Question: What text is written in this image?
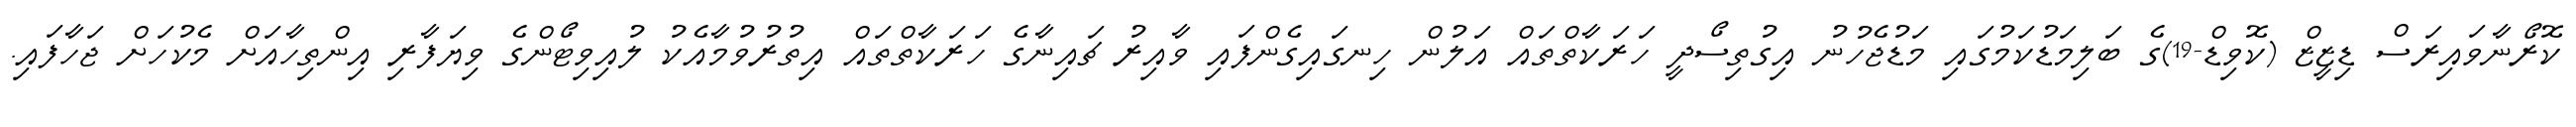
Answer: ކޮރޯނާވައިރަސް ޑިޒީޒް (ކޮވިޑް-19)ގެ ބަލިމަޑުކަމުގައި މަޑުޖެހުނު އިގުތިސޯދީ ހަރަކާތްތައް އަލުން ހިނގައިގެންފައި ވާއިރު ޗައިނާގެ ހަރަކާތްތައް އިތުރުވުމާއެކު ލުއިވިޓޯންގެ ވިޔަފާރި އިންތިހާއަށް މެކުހަށް ޖަހާފައި.